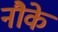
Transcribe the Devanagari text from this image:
नौके